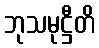
ဘုသမုဋ္ဌီတိ